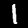
Label: 1